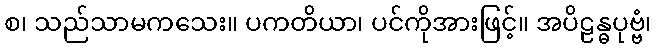
စ၊ သည်သာမကသေး။ ပကတိယာ၊ ပင်ကိုအားဖြင့်။ အပိဠန္ဓပုဗ္ဗံ၊